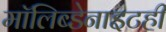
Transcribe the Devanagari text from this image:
मॉलिब्डेनाइटही